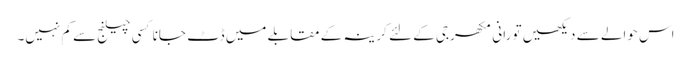
اس حوالے سے دیکھیں تو رانی مکھرجی کے لئے کرینہ کے مقابلے میں ڈٹ جانا کسی چیلنج سے کم نہیں۔